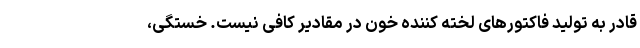
قادر به تولید فاکتورهای لخته کننده خون در مقادیر کافی نیست. خستگی،